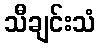
သီချင်းသံ